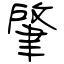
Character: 肇